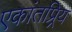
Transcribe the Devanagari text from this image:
एकांतप्र्रिय